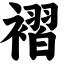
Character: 褶